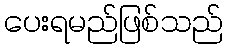
ပေးရမည်ဖြစ်သည်